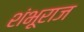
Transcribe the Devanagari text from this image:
शंभूराज